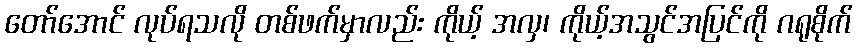
တော်အောင် လုပ်ရသလို တစ်ဖက်မှာလည်း ကိုယ့် အလှ၊ ကိုယ့်အသွင်အပြင်ကို ဂရုစိုက်